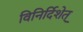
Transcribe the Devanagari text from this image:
विनिर्दिशेत्